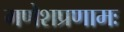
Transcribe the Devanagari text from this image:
गणेशप्रणामः